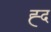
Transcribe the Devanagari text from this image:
ह्द